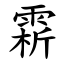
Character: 䨛